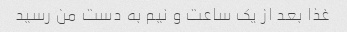
غذا بعد از یک ساعت و نیم به دست من رسید